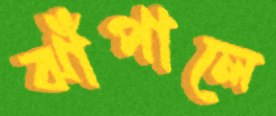
ঝাঁপালে